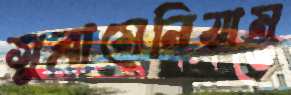
সুব্রামেনিয়াম